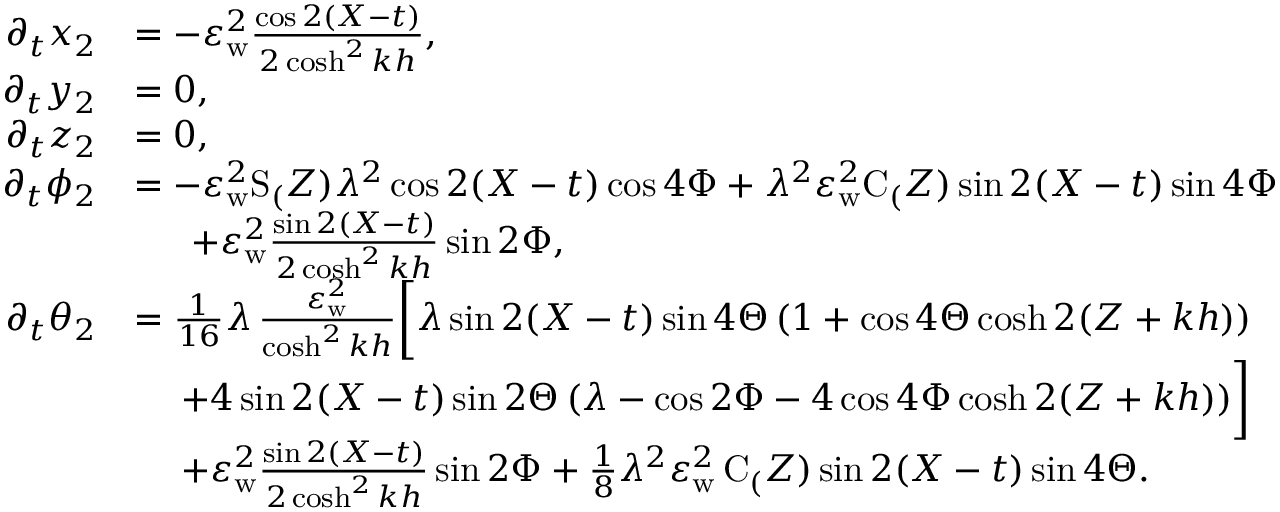
\begin{array} { r l } { \partial _ { t } x _ { 2 } } & { = - \varepsilon _ { \mathrm { w } } ^ { 2 } \frac { \cos 2 ( X - t ) } { 2 \cosh ^ { 2 } k h } , } \\ { \partial _ { t } y _ { 2 } } & { = 0 , } \\ { \partial _ { t } z _ { 2 } } & { = 0 , } \\ { \partial _ { t } { \phi _ { 2 } } } & { = - \varepsilon _ { \mathrm { w } } ^ { 2 } \mathrm { S } _ ( Z ) \lambda ^ { 2 } \cos 2 ( X - t ) \cos { 4 \Phi } + \lambda ^ { 2 } \varepsilon _ { \mathrm { w } } ^ { 2 } \mathrm { C } _ ( Z ) \sin 2 ( X - t ) \sin { 4 \Phi } } \\ & { \quad \; \; + \varepsilon _ { \mathrm { w } } ^ { 2 } \frac { \sin 2 ( X - t ) } { 2 \cosh ^ { 2 } k h } \sin { 2 \Phi } , } \\ { \partial _ { t } { \theta _ { 2 } } } & { = \frac { 1 } { 1 6 } \lambda \, \frac { \varepsilon _ { \mathrm { w } } ^ { 2 } } { \cosh ^ { 2 } k h } \bigg [ \lambda \sin 2 ( X - t ) \sin { 4 \Theta } \, ( 1 + \cos { 4 \Theta } \cosh 2 ( Z + k h ) ) } \\ & { \quad \; + 4 \sin 2 ( X - t ) \sin { 2 \Theta } \, ( \lambda - \cos { 2 \Phi } - 4 \cos { 4 \Phi } \cosh 2 ( Z + k h ) ) \bigg ] } \\ & { \quad \; + \varepsilon _ { \mathrm { w } } ^ { 2 } \frac { \sin 2 ( X - t ) } { 2 \cosh ^ { 2 } k h } \sin { 2 \Phi } + \frac { 1 } { 8 } \lambda ^ { 2 } \varepsilon _ { \mathrm { w } } ^ { 2 } \, \mathrm { C } _ ( Z ) \sin 2 ( X - t ) \sin { 4 \Theta } . } \end{array}